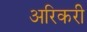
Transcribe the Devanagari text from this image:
अरिकरी